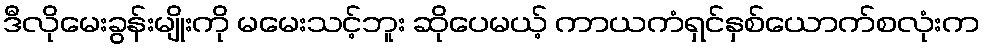
ဒီလိုမေးခွန်းမျိုးကို မမေးသင့်ဘူး ဆိုပေမယ့် ကာယကံရှင်နှစ်ယောက်စလုံးက